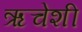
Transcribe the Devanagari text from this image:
ऋचेशी